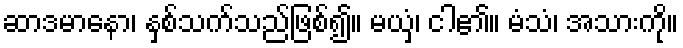
ဆာဒမာနော၊ နှစ်သက်သည်ဖြစ်၍။ မယှံ၊ ငါ၏။ မံသံ၊ အသားကို။